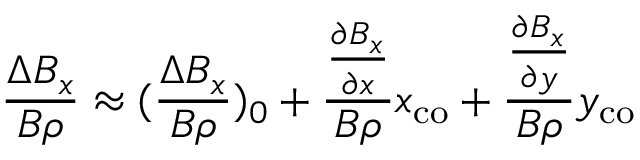
\frac { \Delta B _ { x } } { B \rho } \approx ( \frac { \Delta B _ { x } } { B \rho } ) _ { 0 } + \frac { \frac { \partial B _ { x } } { \partial x } } { B \rho } x _ { \mathrm { c o } } + \frac { \frac { \partial B _ { x } } { \partial y } } { B \rho } y _ { \mathrm { c o } }